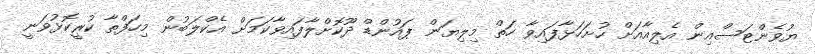
ޔުވެންޓަސްއިން އެލިއާއަށް ހުށަހަޅާފައިވާ ހަތް މިލިޔަން ޕައުންޑް ދޫކޮށްލާފައިވާކަމަށް އެކްލަބުން މިހަފްތާ ކުރީކޮޅުވަނީ